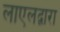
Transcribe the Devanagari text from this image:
लाएलद्वारा